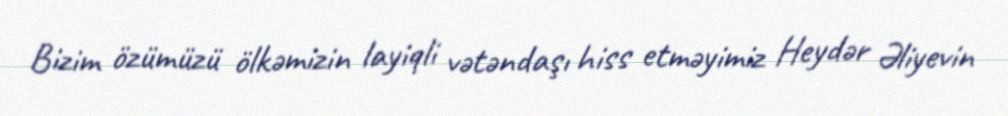
Bizim özümüzü ölkəmizin layiqli vətəndaşı hiss etməyimiz Heydər Əliyevin